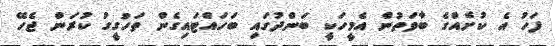
ފަހު އެ ކުށެއްގެ ބާވަތުން އެމީހަކީ ބަންދުގައި ބަހައްޓައިގެން ތަހުގީގު ކުރަން ޖެހޭ